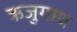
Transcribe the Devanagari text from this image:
ऋजुगाथ